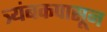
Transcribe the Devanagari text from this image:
त्र्यंबकपासून